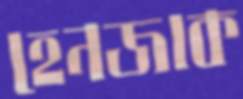
হেনজাক